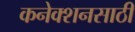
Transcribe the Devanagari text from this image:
कनेक्शनसाठी